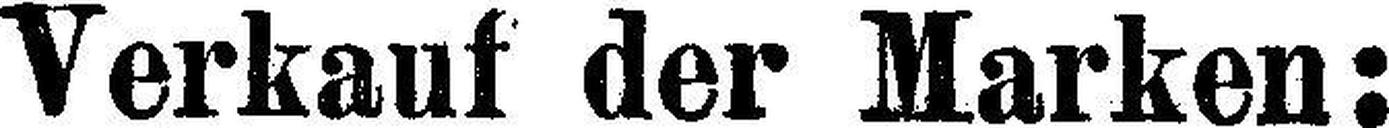
Verkauf der Marken: